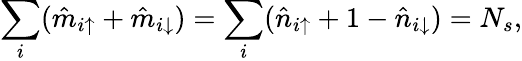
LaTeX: \sum_{i}(\hat{m}_{i\uparrow}+\hat{m}_{i\downarrow})=\sum_{i}(\hat{n}_{i\uparrow}+1-\hat{n}_{i\downarrow})=N_{s},